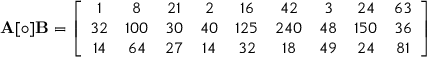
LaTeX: \mathbf { A } [ \circ ] \mathbf { B } = \left[ { \begin{array} { c c c c c c c c c } { 1 } & { 8 } & { 2 1 } & { 2 } & { 1 6 } & { 4 2 } & { 3 } & { 2 4 } & { 6 3 } \\ { 3 2 } & { 1 0 0 } & { 3 0 } & { 4 0 } & { 1 2 5 } & { 2 4 0 } & { 4 8 } & { 1 5 0 } & { 3 6 } \\ { 1 4 } & { 6 4 } & { 2 7 } & { 1 4 } & { 3 2 } & { 1 8 } & { 4 9 } & { 2 4 } & { 8 1 } \end{array} } \right]